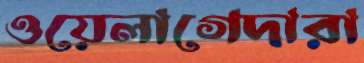
ওয়েলাগেদারা